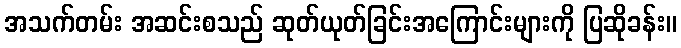
အသက်တမ်း အဆင်းစသည် ဆုတ်ယုတ်ခြင်းအကြောင်းများကို ပြဆိုခန်း။